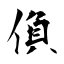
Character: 偩